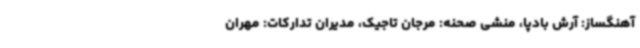
آهنگساز: آرش بادپا، منشی صحنه: مرجان تاجیک، مدیران تدارکات: مهران